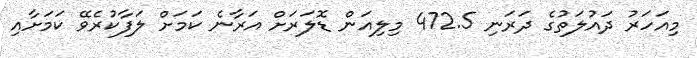
މިއަހަރު ދައުލަތުގެ ދަރަނި 472.5 މިލިއަން ޑޮލަރަށް އަރާނެ ކަމަށް ލަފާކުރެވޭ ކަމަށާއި